Tezpur Lunatic Asylum reports 1877-1894 - 1877-1894
Year: 1877
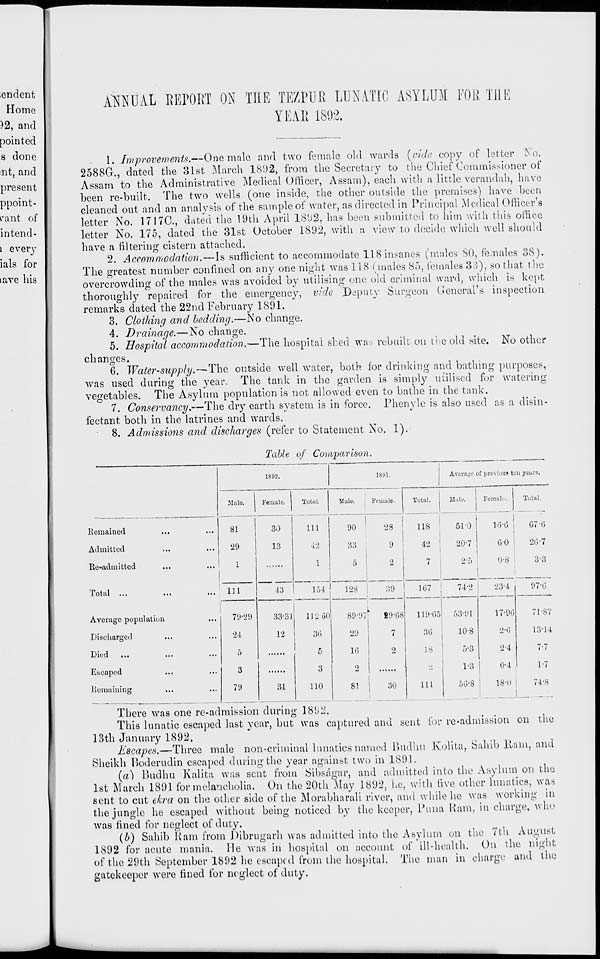
lendent
Home
)2, and
pointed
.8 done
lit, and
present
ppoint-
vant of
intend-
i every
ials for
lave his
AMUAL REPORT ON THE TEZPUR LUNATIC ASYLUM FOR THE
YEAR 1892.
. 1. Improvements.—One male and two female old wards {vide copy of letter No.
2588G., dated the 31st March 1892, from the Secretary to the Chief Commissioner of
Assam to the Administrative Medical Officer, Assam), each with a little verandah, have
been re-built. The two wells (one inside, the other outside the premises) have been
cleaned out and an analysis of the sample of water, as directed in Principal Medical Officer's
letter No. 17170., dated the 19th April 1892, has been submitted to him with this office
letter No. 175, dated the 31st October 1892, with a view to decide which well should
have a filtering cistern attached.
2. Accommodation.—Is sufficient to accommodate 118insanes (males SO, females 38).
The greatest number confined on any one night was 118 (males 85, females 33), so that the
overcrowding of the males was avoided by utilising one old criminal, ward, which is kept
thoroughly repaired for the emergency, vide Deputy Surgeon General's inspection
remarks dated the 22nd February 1891.
3. Clothing and bedding.—No change.
4. Drainage.—No change.
5. Hospital accommodation.—The hospital shed was rebuilt on the old site. No other
changes.
6. Water-supply.—The outside w r ell water, both for drinking and bathing purposes,
was used during the year. The tank in the garden is simply utilised for watering
vegetables. The Asylum population is not allowed even to bathe in the tank.
7. Conservancy.—The dry earth system is in force. Phenyle is also used as a disin-
fectant both in the latrines and wards.
8. Admissions and discharges (refer to Statement No. 1).
Table of Coi n/parison.
1802.
1891.
Average of previous ton years.
Mnlo.
Female.
Total.
Male.
Female,
Total.
Male.
Female.
Total.
Remained
81
30
Ill
90
28
US
51-0
16-6
07 -6
Admitted
29
13
42
33
9
42
20-7
6-0
20-7
Re-admitted
1
1
5
2
7
2-5
0-8
3-3
X Ot til
...
...
...
111
43
154
128
89-97
39
107
74-2
23-4
97-0
Average population
79-29
33-31
11_60
89-68
119-65
53-91
17-96
71-87
Discharged
2-1
12
30
29
7
36
10-8
2-6
13-14
1 1' 11
• • |
«(■
in
0
■5
16
2
18
5-3
2-4
7-7
Ebcapod
3
3
o
■;
1-3
0-4
1-7
Remaining
79
31
110
8J
30
in
5G-8
18-0
74-8
There was one re-admission during 1892.
This lunatic escaped last year, but was captured and sent for re •admission on the
13th January 1892.
„„ „..._ _ v
^„j
^w„_, ..^, ,.,
^
, . >
.
sent to cut ekra on the other side of the Morabharali river, and while he was working in
the jungle he escaped without being noticed by the keeper. Puna Ham, in charge, who
was lined for neglect of duty.
{b) Sahib Ram from Dibrngarh was admitted into the Asylum on the 7th August
1892 for acute mania. He was in hospital on account of ill-health. On the night
of the 29th September 1892 he escaped from the hospital. The man in charge and the
'eeper were fined for neglect of duty.
gatek